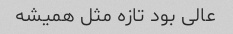
عالی بود تازه مثل همیشه